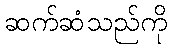
ဆက်ဆံသည်ကို